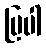
ပြပါ